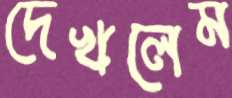
দেখলেম